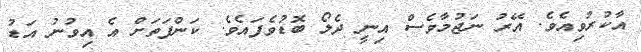
އާކުރުވިއެވެ. އޭރު ނަޖުމާވެސް އިނީ ދެލޯ ބޮޑުވެފައެވެ. ކަންފަތަށް އެ އިވުނު އަޑު